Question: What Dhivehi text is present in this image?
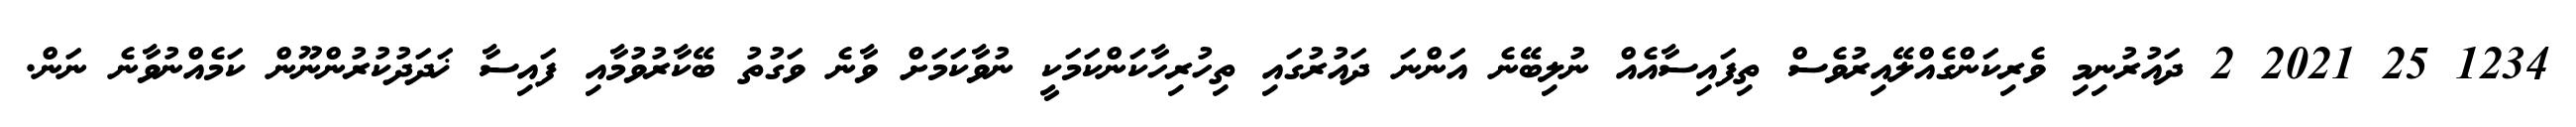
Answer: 1234 25 2021 2 ދައުރުނިމި ވެރިކަންގެއްލޭއިރުވެސް ތިފައިސާއެއް ނުލިބޭނެ އަންނަ ދައުރުގައި ތިހުރިހާކަންކަމަކީ ނުވާކަމަށް ވާނެ ވަގުތު ބޭކާރުވުމާއި ފައިސާ ޚަދަދުކުރުންނޫން ކަމެއްނުވާނެ ނަން.